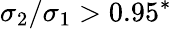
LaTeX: \sigma_{2}/\sigma_{1}>0.95^{*}